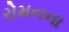
રોમનના